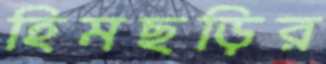
হিমছড়ির